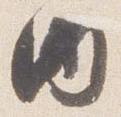
内